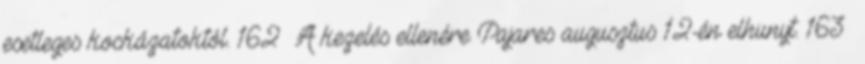
esetleges kockázatoktól. 162 A kezelés ellenére Pajares augusztus 12-én elhunyt. 163